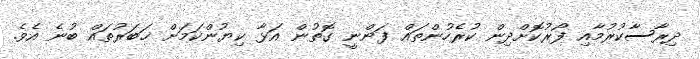
ދިރާސާކުރުމާއި ފޯރުކޮށްދިން ކުރެހުންތައް ފަންނީ ގޮތުން އަޅާ ކިޔުންކަމަށް ޚަބަރުތައް ބުނެ އެވެ.